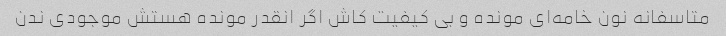
متاسفانه نون خامه‌ای مونده و بی کیفیت کاش اگر انقدر مونده هستش موجودی ندن